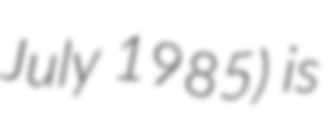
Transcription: July 1985) is